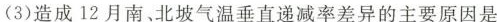
(3)造成12月南、北坡气温垂直递减率差异的主要原因是